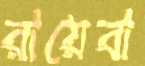
রায়েবা